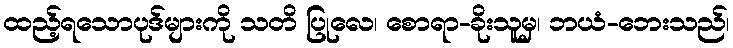
ထည့်ရသောပုဒ်များကို သတိ ပြုလေ၊ စောရာ-ခိုးသူမှ၊ ဘယံ-ဘေးသည်၊